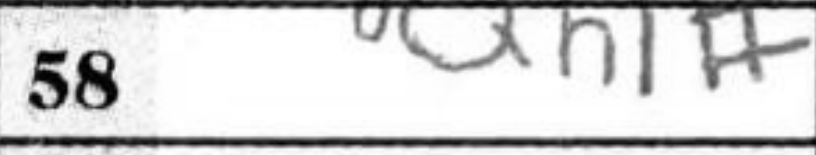
Transcription: Qh1#